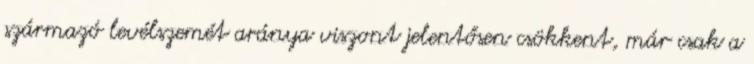
származó levélszemét aránya viszont jelentősen csökkent, már csak a